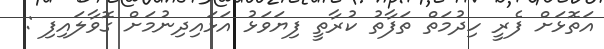
އަތޮޅަށް ފެރީ ހިދުމަތް ތަފާތު ކުރާތީ ފިޔަވަޅު އަޅައިދިނުމަށް ގޮވާލައިފި :